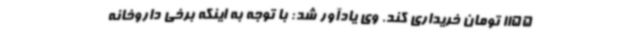
1155 تومان خریداری کند. وی یادآور شد: با توجه به اینکه برخی داروخانه